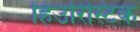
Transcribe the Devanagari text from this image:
हिउरिस्टिक